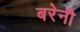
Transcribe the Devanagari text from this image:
बरेनी